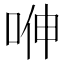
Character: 𭈁